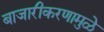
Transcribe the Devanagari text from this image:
बाजारीकरणामुळे